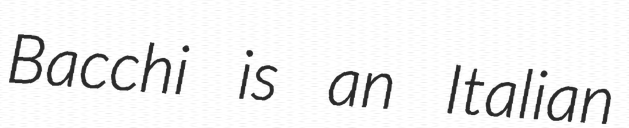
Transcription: Bacchi is an Italian